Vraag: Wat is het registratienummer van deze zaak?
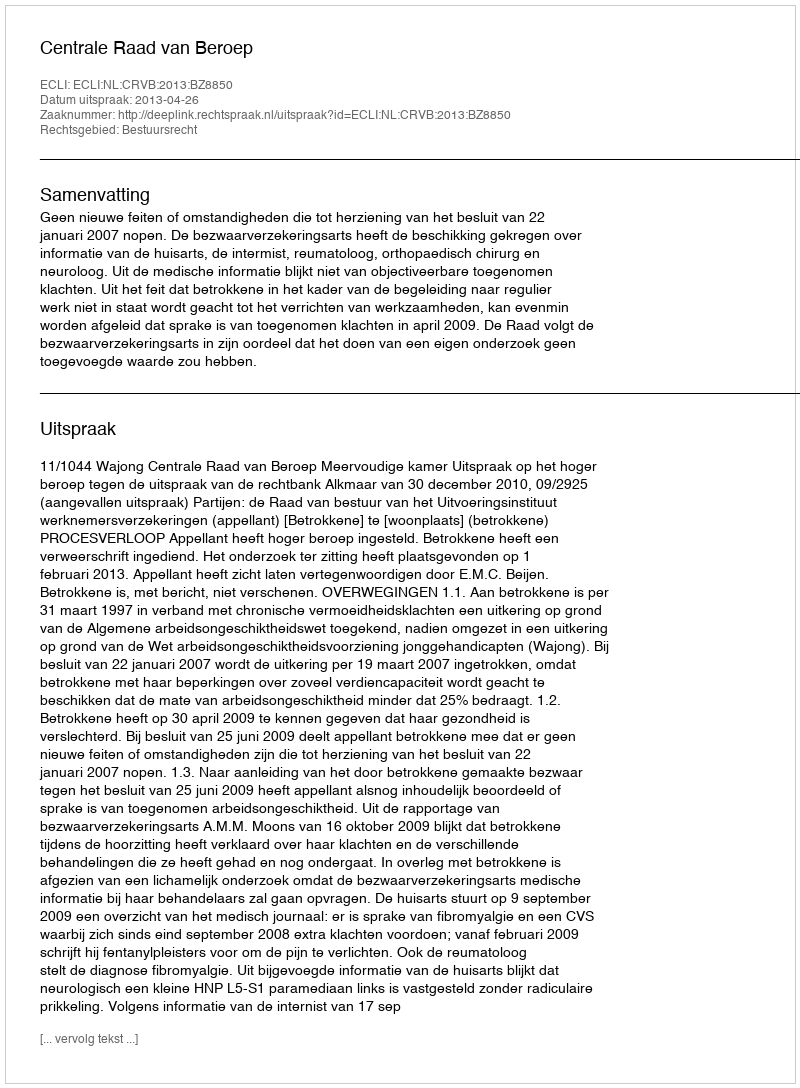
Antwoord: http://deeplink.rechtspraak.nl/uitspraak?id=ECLI:NL:CRVB:2013:BZ8850